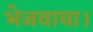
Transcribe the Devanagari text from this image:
भेजवाया।